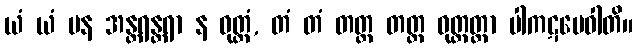
ယံ ယံ ပန အန္တရန္တရာ န ဝုတ္တံ, တံ တံ တတ္ထ တတ္ထ ဝုတ္တတ္တာ ပါကဋမေဝါတိ။